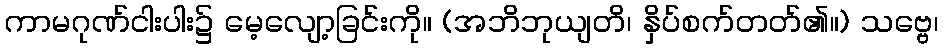
ကာမဂုဏ်ငါးပါး၌ မေ့လျော့ခြင်းကို။ (အဘိဘုယျတိ၊ နှိပ်စက်တတ်၏။) သဗ္ဗေ၊